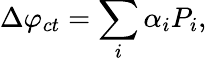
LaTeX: \Delta\varphi_{ct}=\sum_{i}{\alpha_{i}P_{i}},